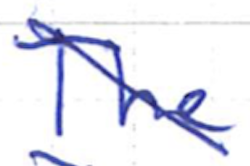
Text: The
Cross-out: diagonal
Writing tool: ballpoint